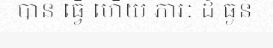
បាន ធ្វើ ហើយ ភារៈ ដ៏ ធ្ងន់